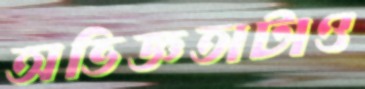
অভিজ্ঞতাটাও